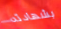
بشهادته